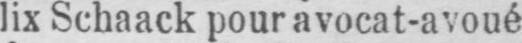
lix Schaack pour avocat-avoué